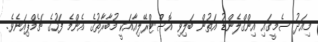
މިއަދު ސެމީގައި އިންގްލެންޑު އަތުން ބަލިވި އޮސްޓްރޭލިއާއަކީ މުބާރާތުގެ އެންމެ ފަހުގެ ޗެމްޕިއަނެވެ.